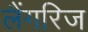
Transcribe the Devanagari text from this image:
लैंगरिज